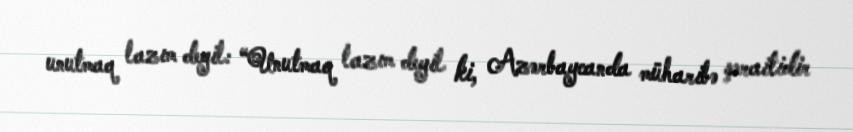
unutmaq lazım deyil: “Unutmaq lazım deyil ki, Azərbaycanda müharibə şəraitidir